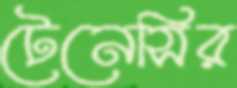
টেনেসির